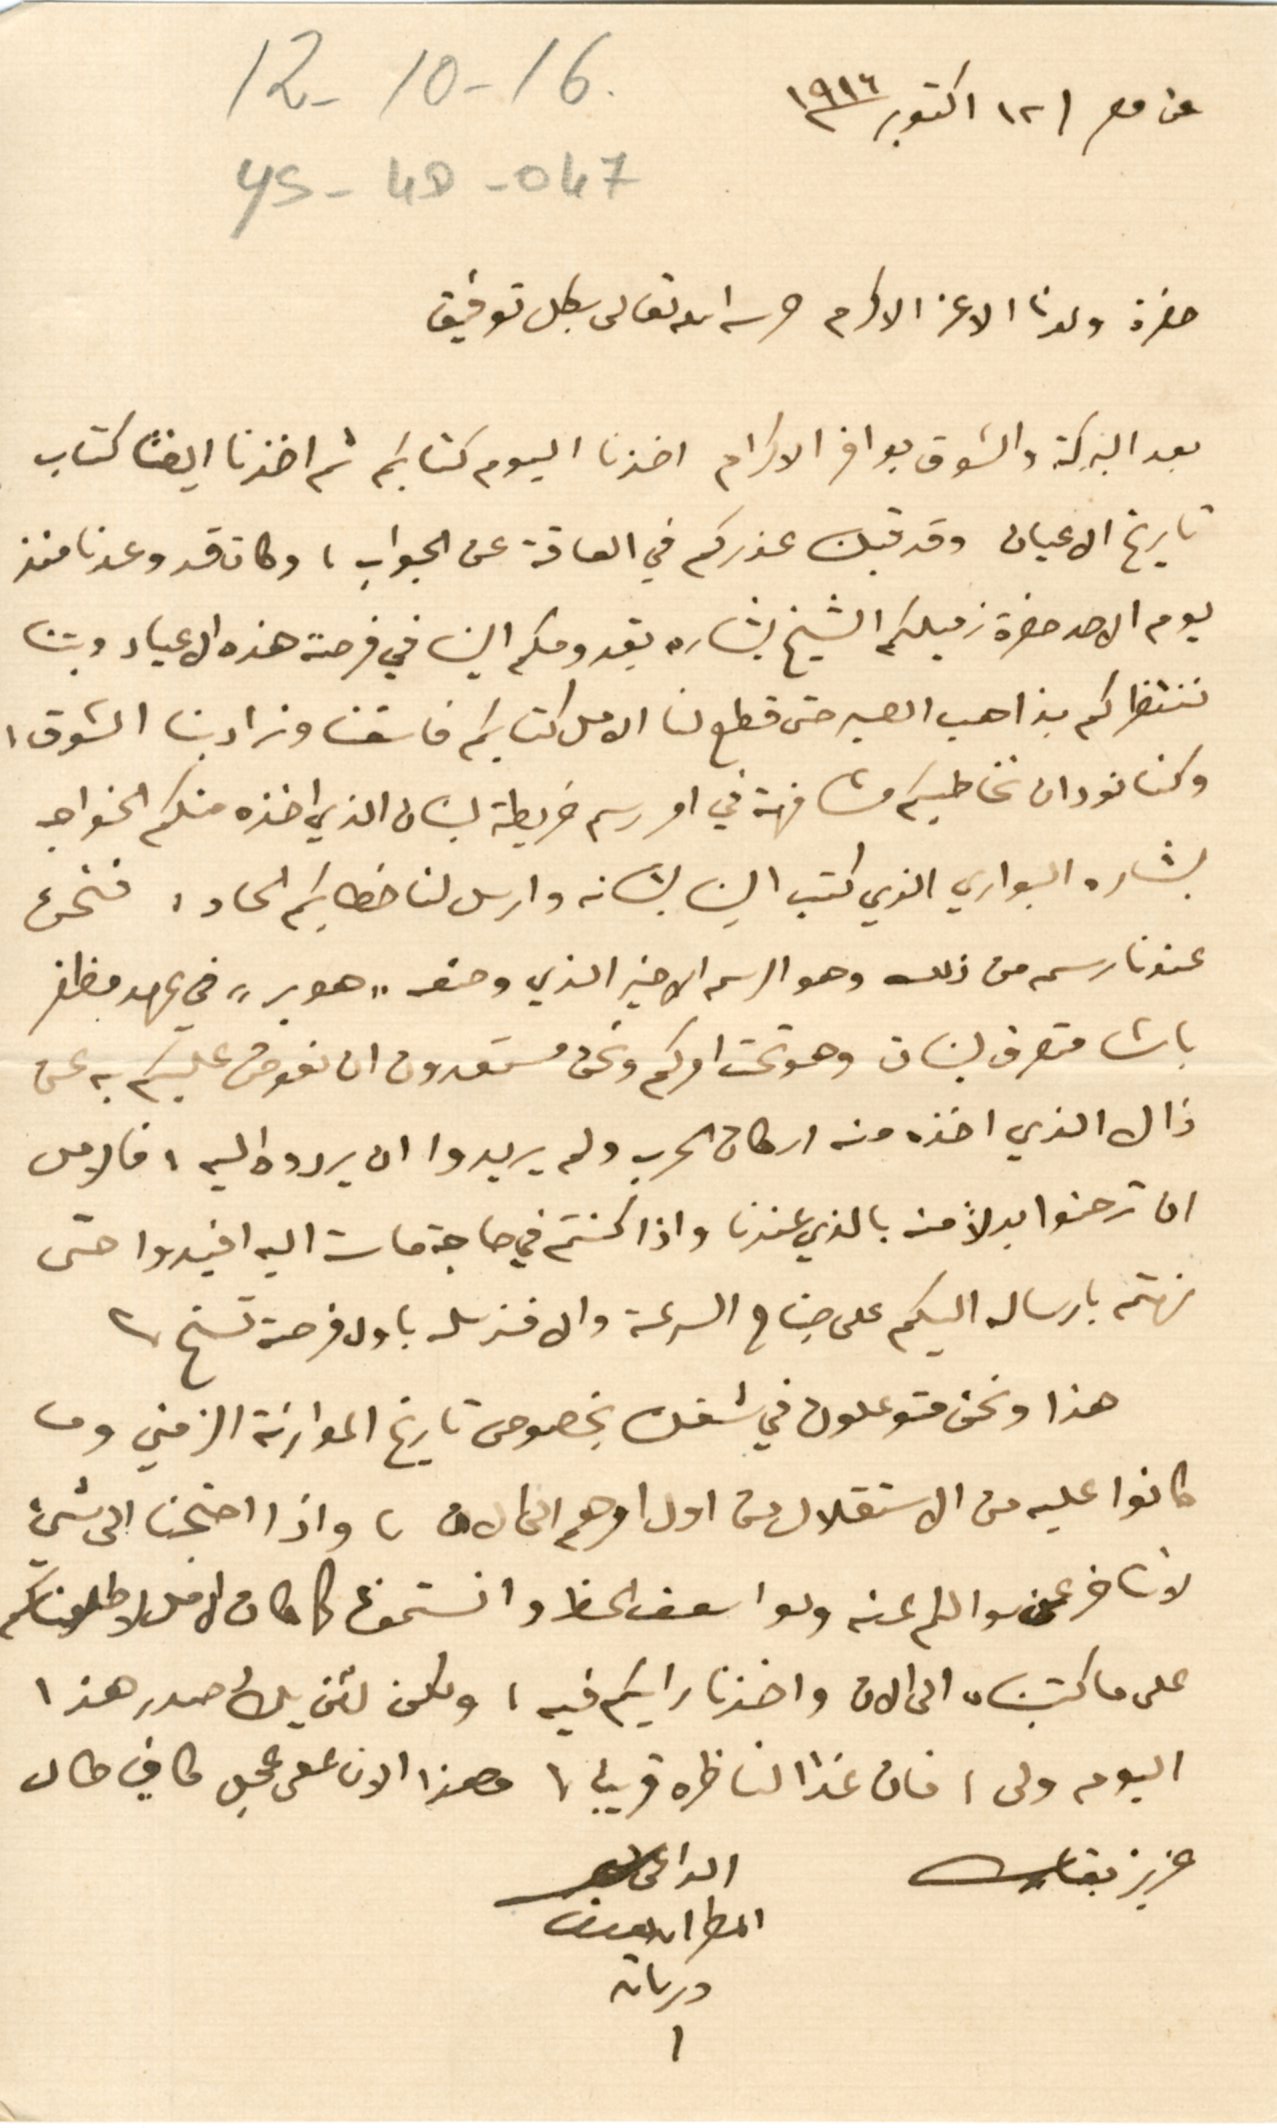
حضرة ولدنا الاغر الاكرم حرسه الله تعالى بكل توفيق
عن مصر ١٢ اكتوبر ١٩١٦
بعد البركة والشوق بوافر الاكرام اخذنا اليوم كتابكم ثم اخذنا ايضًا كتاب
تاريخ الاعيان وقد قبلنا عذركم في العاقة عن الجواب، وكان قد وعدنا منذ
يوم الاحد حضرة زميلكم الشيخ بشاره بقدومكم الينا في فرصة هذه الاعياد وبتنا
ننتظركم بذاهب الصبر حتى قطع لنا الامل كتابكم فاسفنا وزاد بنا الشوق ،
وكنا نود ان نخاطبكم مشافهة في امر رسم خريطة لبنان الذي اخذه منكم الخواجه
بشاره البواري الذي كتب الينا بشانه وارسل لنا خطابكم الحاد، فنحن
عندنا رسم من ذلك وهو الرسم الاخير الذي وضعه "هوبر" في عهد مظفر
باشا متصرف لبنان وهو تحت امركم ونحن مستعدون ان نعوض عليكم به عن
ذال الذي اخذه منه اركان الحرب ولم يريدوا ان يردوه اليه، فالامل
ان ترضوا بدلاً منه بالذي عندنا واذا كنتم في حاجة ماسة اليه افيدوا حتى
نهتم بارساله اليكم على جناح السرعة والا فنرسله باول فرصة تسنح.
هذا ونحن متوعدون في شغل بخصوص تاريخ الموارنة الزمني وما
كانوا عليه من الاستقلال من اول امرهم الى الان، واذا احتجنا الى شيئ
لا نتاخر عن سوالكم عنه ولو اسعف الحظ وانستمونا كما كان الامل لاطلعناكم
على ما كتبناه الى الان واخذنا رايكم فيه ، ولكن لئن يكُ صدر هذا
اليوم ولى، فان غدًا لناظره قريب، وهذا الان على عجل كافٍ طال
عزيز بقاك
الداعى
المطران يوسف
دريان
16 - 10 - 12
YS-4D-047